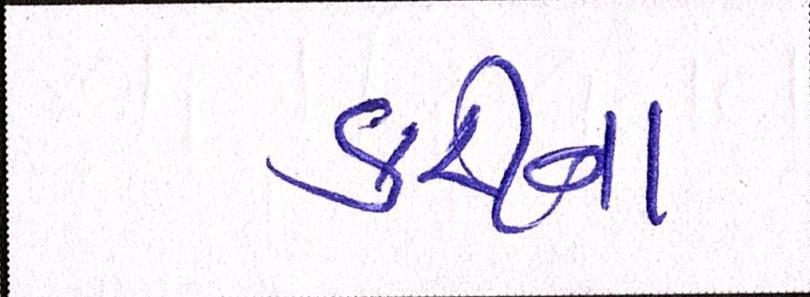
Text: કરીના